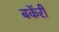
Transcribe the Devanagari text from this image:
बकॅरी